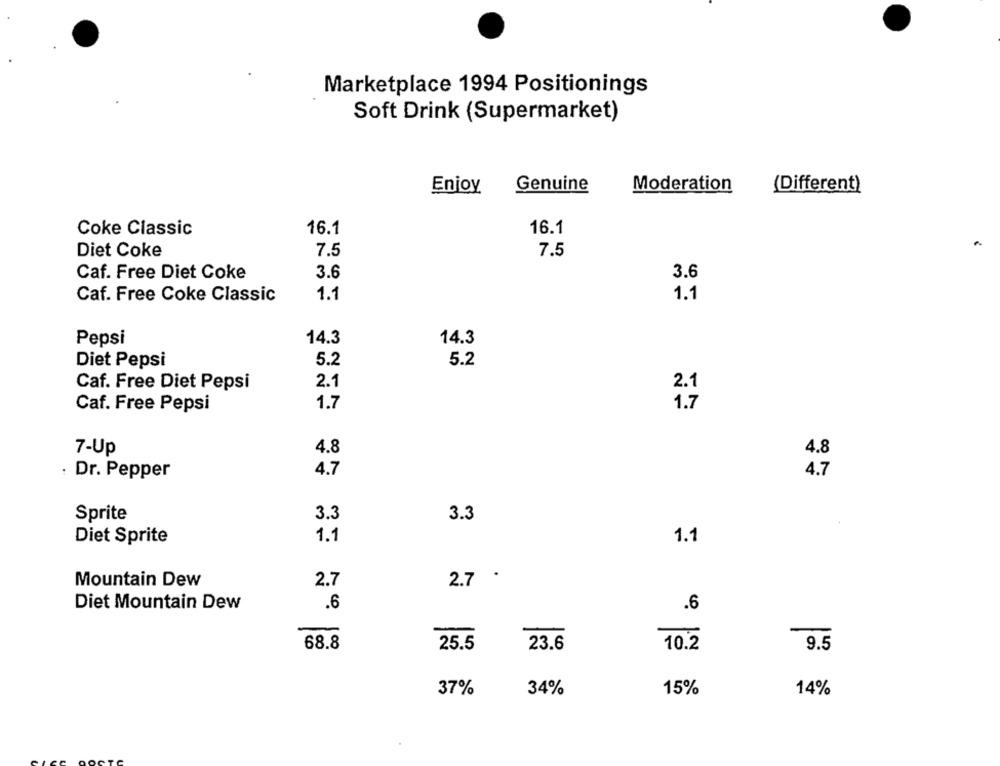
Marketplace 1994 Positionings
Soft Drink (Supermarket)
Enjoy
Genuine
Moderation
(Different)
16.1
16.1
Coke Classic
Diet Coke
7.5
7.5
Caf. Free Diet Coke
3.6
3.6
Caf. Free Coke Classic
1.1
1.1
Pepsi
14.3
14.3
5.2
Diet Pepsi
5.2
2.1
2.1
Caf. Free Diet Pepsi
1.7
1.7
Caf. Free Pepsi
7-Up
4.8
4.8
. Dr. Pepper
4.7
4.7
Sprite
3.3
3.3
1.1
Diet Sprite
1.1
Mountain Dew
2.7
2.7 .
Diet Mountain Dew
.6
.6
68.8
25.5
23.6
10.2
9.5
37%
34%
15%
14%